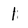
Character: 1